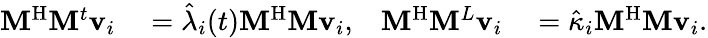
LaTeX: \begin{array}{rlrl}{\mathbf{M}^{\mathrm{H}}\mathbf{M}^{t}\mathbf{v}_{i}}&{{}=\hat{\lambda}_{i}(t)\mathbf{M}^{\mathrm{H}}\mathbf{M}\mathbf{v}_{i},}&{\mathbf{M}^{\mathrm{H}}\mathbf{M}^{L}\mathbf{v}_{i}}&{{}=\hat{\kappa}_{i}\mathbf{M}^{\mathrm{H}}\mathbf{M}\mathbf{v}_{i}.}\end{array}